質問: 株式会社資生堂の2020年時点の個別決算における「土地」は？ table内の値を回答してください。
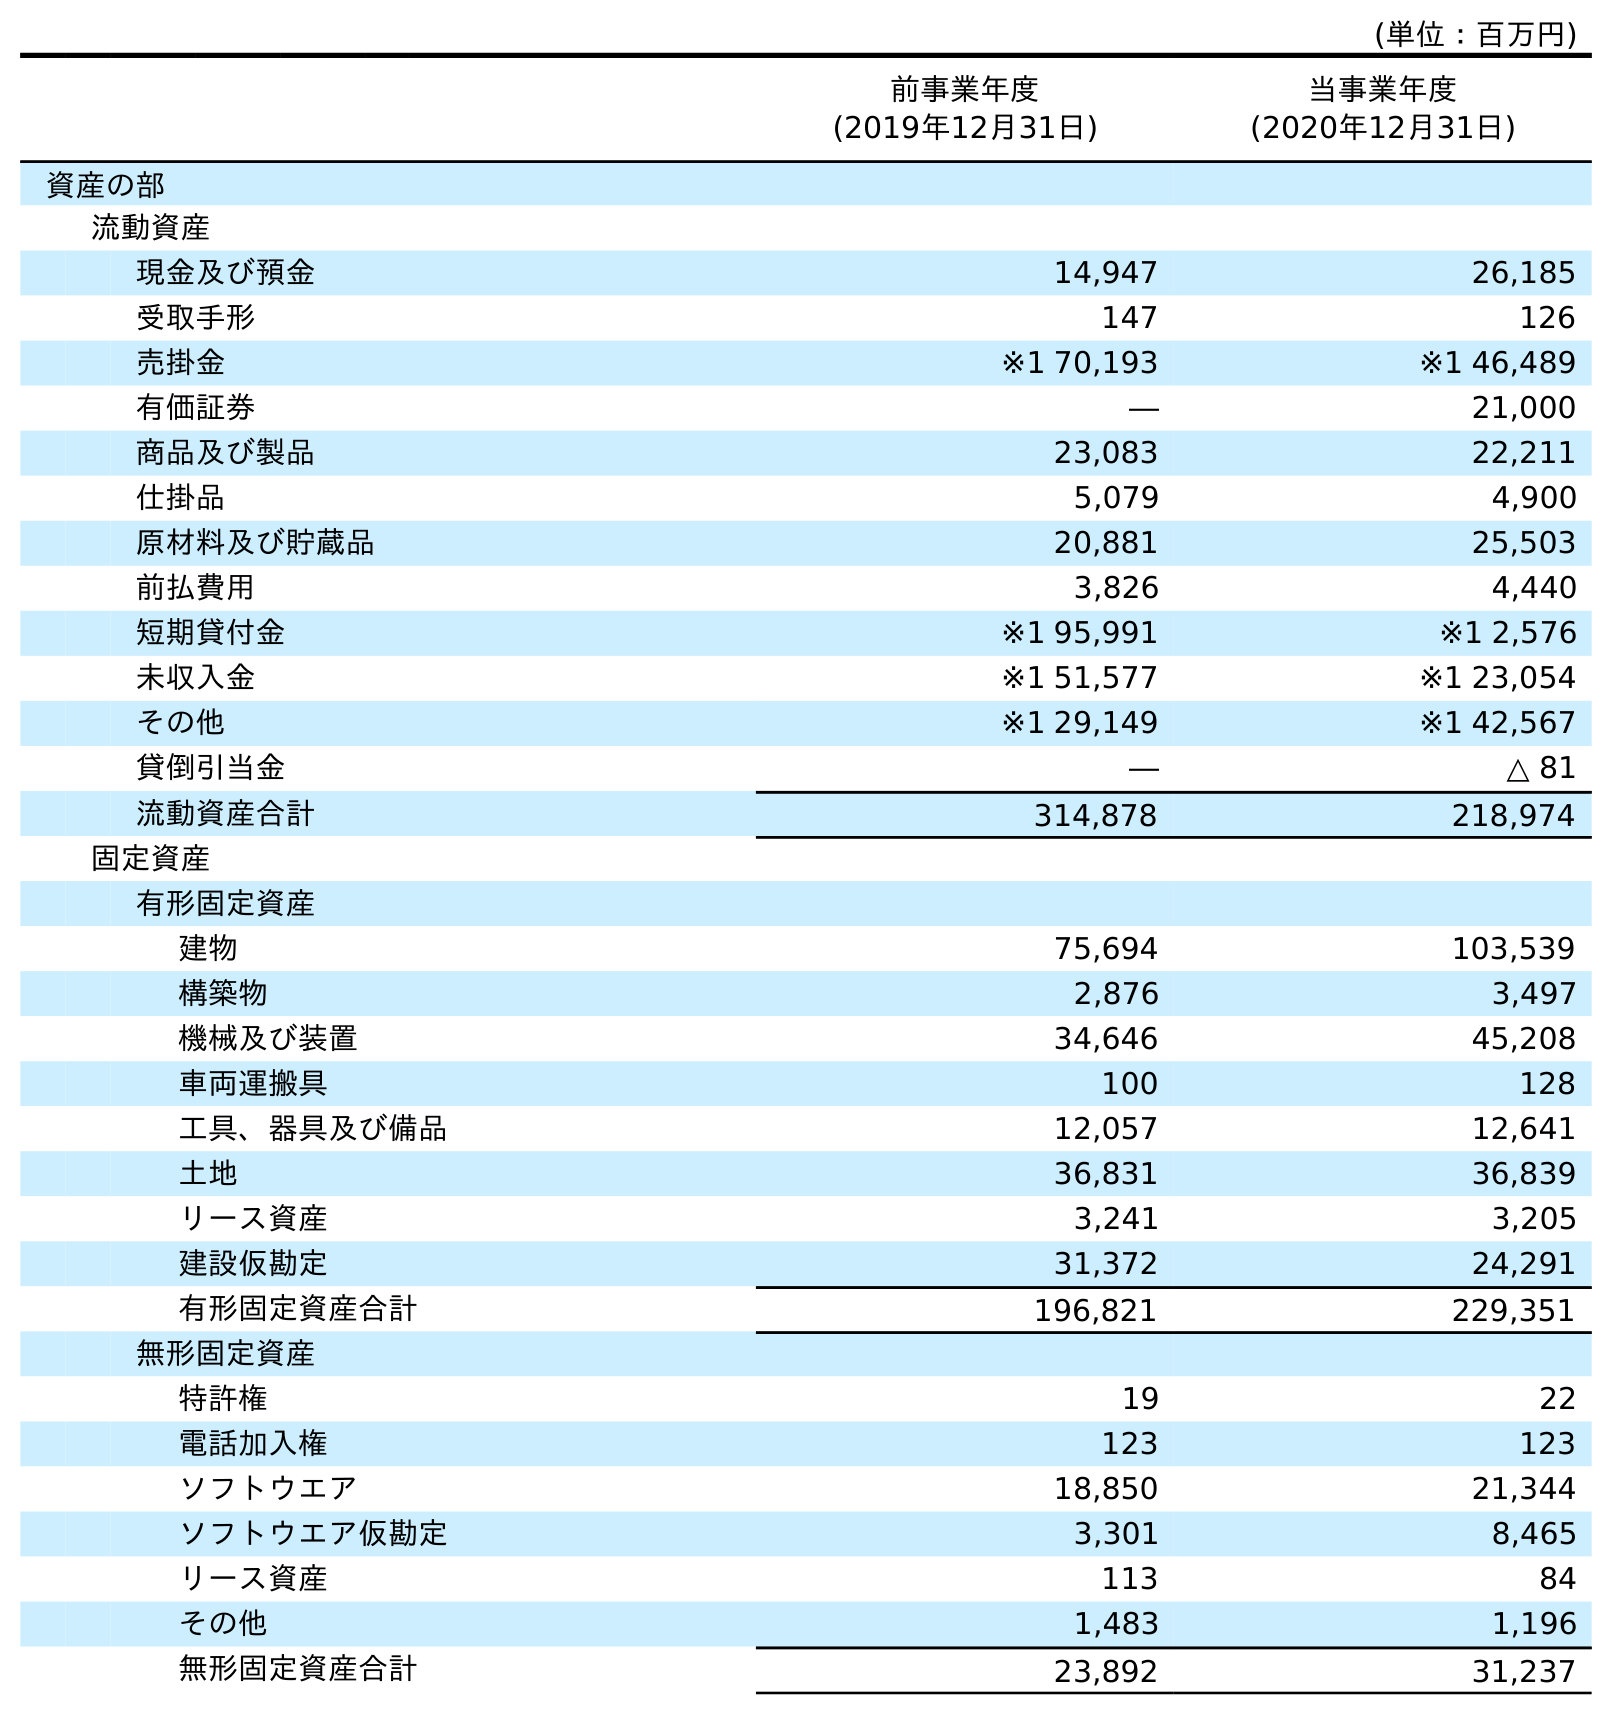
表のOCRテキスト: (単位：百万円) 前事業年度 (2019年12月31日) 当事業年度 (2020年12月31日) 資産の部 流動資産 現金及び預金 14,947 26,185 受取手形 147 126 売掛金 ※1 70,193 ※1 46,489 有価証券 ― 21,000 商品及び製品 23,083 22,211 仕掛品 5,079 4,900 原材料及び貯蔵品 20,881 25,503 前払費用 3,826 4,440 短期貸付金 ※1 95,991 ※1 2,576 未収入金 ※1 51,577 ※1 23,054 その他 ※1 29,149 ※1 42,567 貸倒引当金 ― △ 81 流動資産合計 314,878 218,974 固定資産 有形固定資産 建物 75,694 103,539 構築物 2,876 3,497 機械及び装置 34,646 45,208 車両運搬具 100 128 工具、器具及び備品 12,057 12,641 土地 36,831 36,839 リース資産 3,241 3,205 建設仮勘定 31,372 24,291 有形固定資産合計 196,821 229,351 無形固定資産 特許権 19 22 電話加入権 123 123 ソフトウエア 18,850 21,344 ソフトウエア仮勘定 3,301 8,465 リース資産 113 84 その他 1,483 1,196 無形固定資産合計 23,892 31,237
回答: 36,839